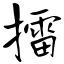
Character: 擂